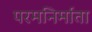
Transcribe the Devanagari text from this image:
परमनिर्माता